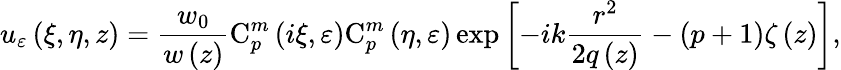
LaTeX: u_{\varepsilon}\left(\xi,\eta,z\right)={\frac{w_{0}}{w\left(z\right)}}\mathrm{C}_{p}^{m}\left(i\xi,\varepsilon\right)\mathrm{C}_{p}^{m}\left(\eta,\varepsilon\right)\exp\left[-ik{\frac{r^{2}}{2q\left(z\right)}}-\left(p+1\right)\zeta\left(z\right)\right],